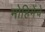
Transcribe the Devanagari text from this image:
मोहिमेंचे